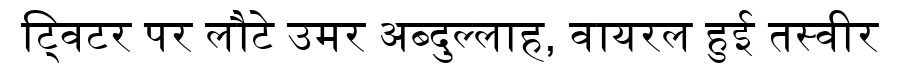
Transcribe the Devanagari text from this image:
ट्विटर पर लौटे उमर अब्दुल्लाह, वायरल हुई तस्वीर